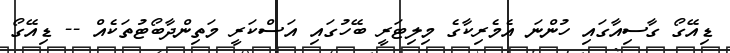
ޑިއޭގޯ ގާސިއާގައި ހުންނަ އެމެރިކާގެ މިލިޓަރީ ބޭހުގައި އަސްކަރީ މަތިންދާބޯޓުތަކެއް -- ޑިއޭގޯ